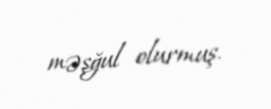
məşğul olurmuş.